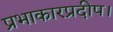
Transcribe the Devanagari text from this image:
प्रभाकारप्रदीप।